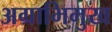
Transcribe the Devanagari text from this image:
अग्राभिमुख